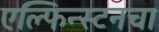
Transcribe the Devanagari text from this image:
एल्फिन्स्टनचा